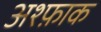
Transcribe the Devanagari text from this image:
अश्फ़ाक